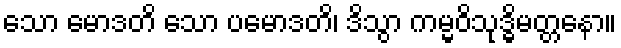
သော မောဒတိ သော ပမောဒတိ၊ ဒိသွာ ကမ္မဝိသုဒ္ဓိမတ္တနော။